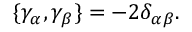
\{ \gamma _ { \alpha } , \gamma _ { \beta } \} = - 2 \delta _ { \alpha \beta } .